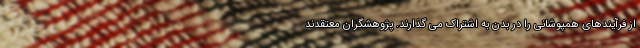
از فرآیندهای همپوشانی را در بدن به اشتراک می گذارند. پژوهشگران معتقدند